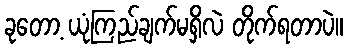
ခုတော့ ယုံကြည်ချက်မရှိလဲ တိုက်ရတာပဲ။